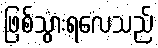
ဖြစ်သွားရလေသည်